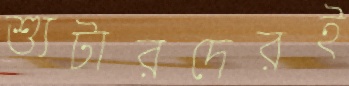
শ্যুটারদেরই